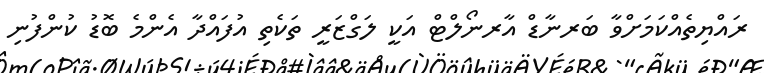
ރައްޔިތެއްކަމަށްވާ ބަރނާޑް އާރނޯލްޓް އަކީ ލަގްޒަރީ ތަކެތި އުފައްދާ އެންމެ ބޮޑު ކުންފުނި